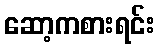
ဆော့ကစားရင်း